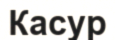
Касур